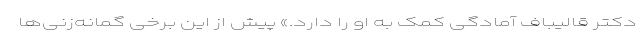
دکتر قالیباف آمادگی کمک به او را دارد.» پیش از این برخی گمانه‌زنی‌ها